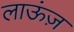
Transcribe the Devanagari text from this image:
लाऊंज़